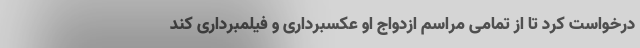
درخواست کرد تا از تمامی مراسم ازدواج او عکسبرداری و فیلمبرداری کند